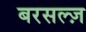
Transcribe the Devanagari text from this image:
बरसल्ज़